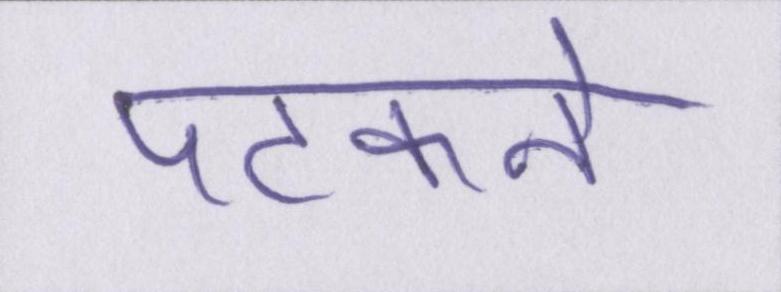
पटकने